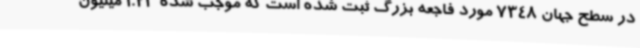
در سطح جهان 7348 مورد فاجعه بزرگ ثبت شده است که موجب شده 1.23 میلیون